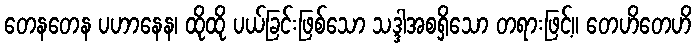
တေနတေန ပဟာနေန၊ ထိုထို ပယ်ခြင်းဖြစ်သော သဒ္ဒါအစရှိသော တရားဖြင့်။ တေဟိတေဟိ